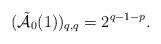
LaTeX: \begin{align*}( \tilde{\mathcal{A}}_{0}(1) )_{q,q} = 2^{q-1-p} .\end{align*}